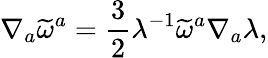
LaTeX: \nabla_{a}\widetilde{\omega}^{a}=\frac{3}{2}\lambda^{-1}\widetilde{\omega}^{a}\nabla_{a}\lambda,